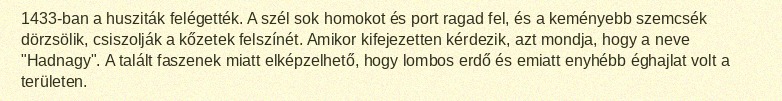
1433-ban a husziták felégették. A szél sok homokot és port ragad fel, és a keményebb szemcsék dörzsölik, csiszolják a kőzetek felszínét. Amikor kifejezetten kérdezik, azt mondja, hogy a neve "Hadnagy". A talált faszenek miatt elképzelhető, hogy lombos erdő és emiatt enyhébb éghajlat volt a területen.